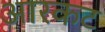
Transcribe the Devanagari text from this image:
आरकट